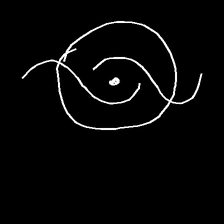
Glyph: repetition